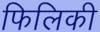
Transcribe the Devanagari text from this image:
फिलिकी